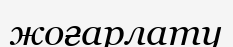
жоғарлату